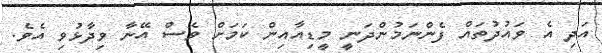
އަދި އެ ވައުދުތައް ފެންނަމުންދަނީ މީޑިއާއިން ކަމަށް ވެސް އޭނާ ވިދާޅުވި އެވެ.